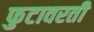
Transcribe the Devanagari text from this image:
फुटावरती